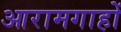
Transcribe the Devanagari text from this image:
आरामगाहों